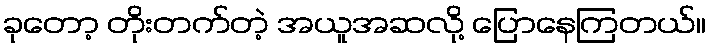
ခုတော့ တိုးတက်တဲ့ အယူအဆလို့ ပြောနေကြတယ်။